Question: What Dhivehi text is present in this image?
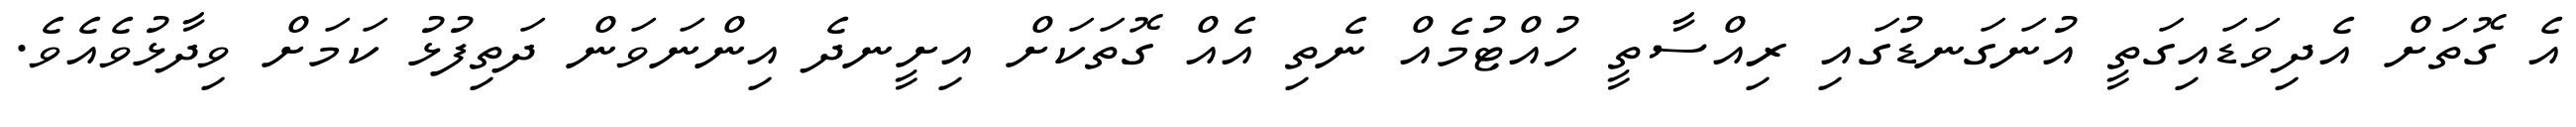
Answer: އެ ގޮތަށް އެދިވަޑައިގަތީ އުނަގަނޑުގައި ރިއްސާތީ ހުއްޓުމެއް ނެތި އެއް ގޮތަކަށް އިށީނދެ އިންނަވަން ދަތިފުޅު ކަމަށް ވިދާޅުވެއެވެ.